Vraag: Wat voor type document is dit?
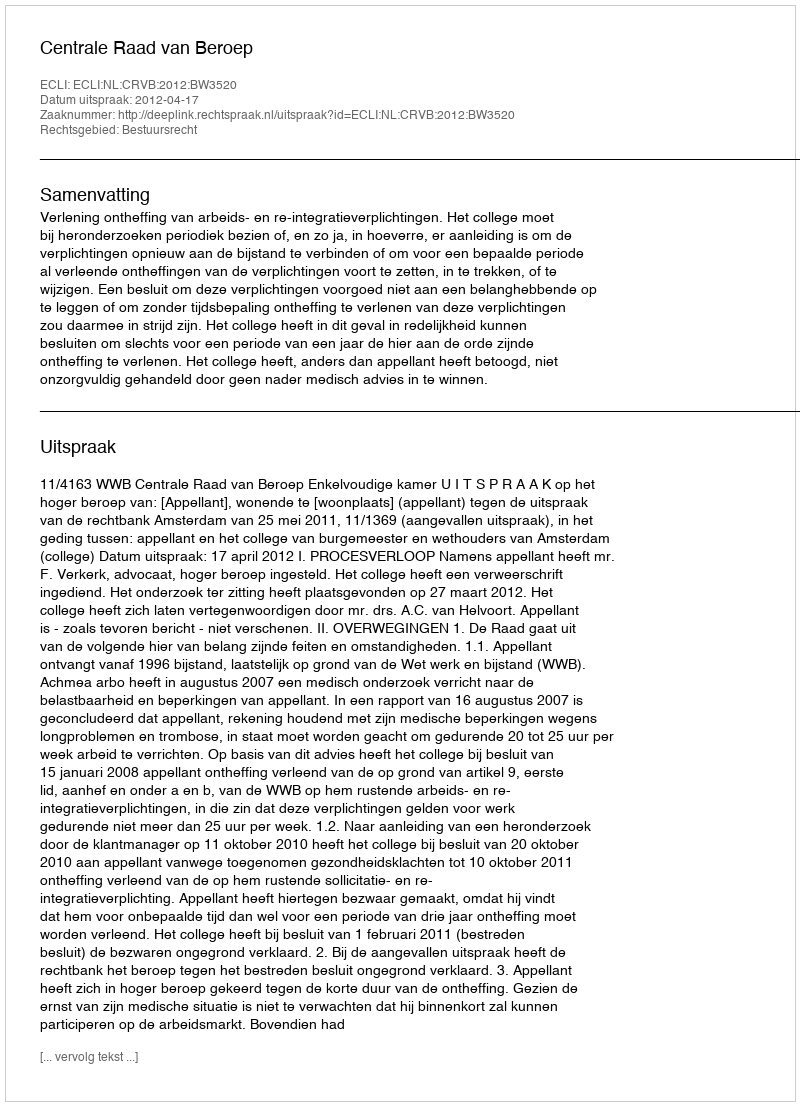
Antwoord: Uitspraak